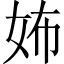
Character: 㚴